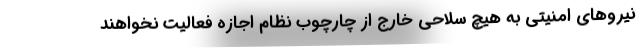
نیروهای امنیتی به هیچ سلاحی خارج از چارچوب نظام اجازه فعالیت نخواهند